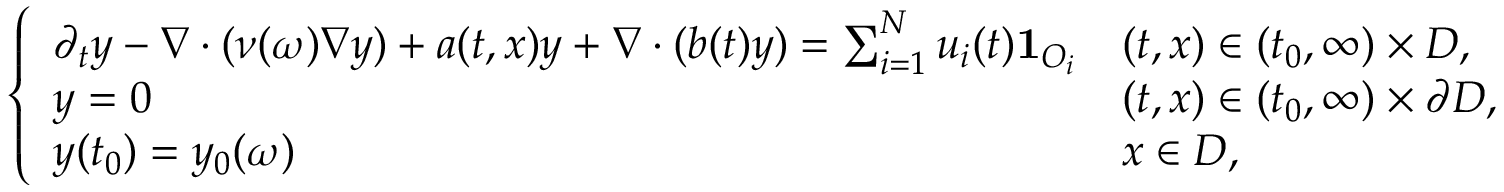
\left\{ \begin{array} { l l } { \partial _ { t } y - \nabla \cdot ( \nu ( \omega ) \nabla y ) + a ( t , x ) y + \nabla \cdot ( b ( t ) y ) = \sum _ { i = 1 } ^ { N } u _ { i } ( t ) \mathbf { 1 } _ { O _ { i } } } & { ( t , x ) \in ( t _ { 0 } , \infty ) \times D , } \\ { y = 0 } & { ( t , x ) \in ( t _ { 0 } , \infty ) \times \partial D , } \\ { y ( t _ { 0 } ) = y _ { 0 } ( \omega ) } & { x \in D , } \end{array} \right.